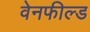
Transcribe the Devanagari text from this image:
वेनफील्ड